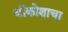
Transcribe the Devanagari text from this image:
धीकोशाचा